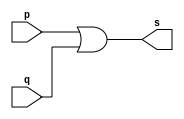
// Exercicio10 - OR  
// Nome: Julio Miranda Machado 

// -- or gate

module orgate(output s, input p, input q);
 assign s = p | q;
endmodule // orgate

module testorgate;
 reg a, b, c;
 wire s1, s2;
 
orgate AND1 (s1, a, b); 
orgate AND2 (s, s1, c);

initial begin: start
	a = 0;
	b = 0;
	c = 0;
end

initial begin: main
	$display("Exercicio0010 - Julio Mirnada Machado- 435666"); 
	$display("Test or gate"); 
	$display("\na &  b & c = s\n"); 
		a=0; b=0; c=0; 
	#1 $display("%b & %b & %b = %b", a, b, c, s); 
		a=0; b=0; c=1; 
	#1 $display("%b & %b & %b = %b", a, b, c, s); 
		a=0; b=1; c=0; 
	#1 $display("%b & %b & %b = %b", a, b, c, s); 
		a=0; b=1; c=1; 
	#1 $display("%b & %b & %b = %b", a, b, c, s); 
		a=1; b=0; c=0; 
	#1 $display("%b & %b & %b = %b", a, b, c, s);
		a=1; b=0; c=1; 
	#1 $display("%b & %b & %b = %b", a, b, c, s);
		a=1; b=1; c=0; 
	#1 $display("%b & %b & %b = %b", a, b, c, s);
		a=1; b=1; c=1; 
	#1 $display("%b & %b & %b = %b", a, b, c, s);
end 
endmodule // testandgate